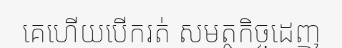
គេហើយបើករត់ សមត្ថកិច្ចដេញ